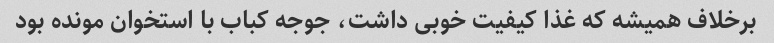
برخلاف همیشه که غذا کیفیت خوبی داشت، جوجه کباب با استخوان مونده بود